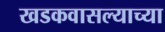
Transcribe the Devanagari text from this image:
खडकवासल्याच्या